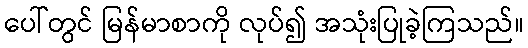
ပေါ်တွင် မြန်မာစာကို လုပ်၍ အသုံးပြုခဲ့ကြသည်။